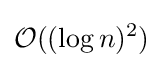
{\mathcal {O}}((\log n)^{2})